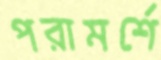
পরামর্শে